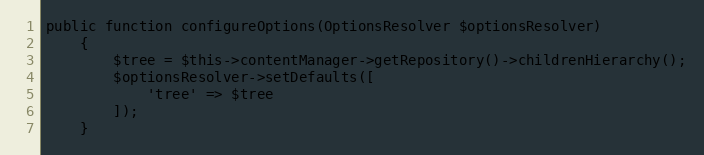
Language: PHP
public function configureOptions(OptionsResolver $optionsResolver)
    {
        $tree = $this->contentManager->getRepository()->childrenHierarchy();
        $optionsResolver->setDefaults([
            'tree' => $tree
        ]);
    }